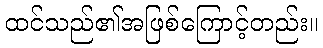
ထင်သည်၏အဖြစ်ကြောင့်တည်း။